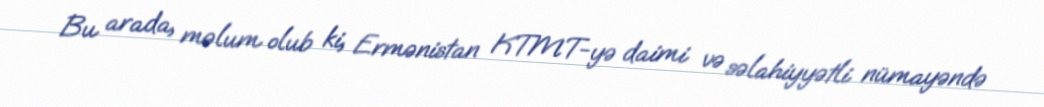
Bu arada, məlum olub ki, Ermənistan KTMT-yə daimi və səlahiyyətli nümayəndə